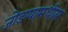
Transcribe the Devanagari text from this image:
जोडप्यामधील